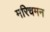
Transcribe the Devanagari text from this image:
मरिचमन